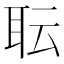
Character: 耺